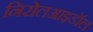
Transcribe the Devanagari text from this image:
निरोलआइडॉल